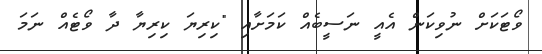
ވޯޓަކަށް ނުވިކަން އެއީ ނަސީބެއް ކަމަށާއި "ކިރިޔަ ކިރިޔާ ދާ ވޯޓެއް ނަމަ